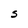
Character: S